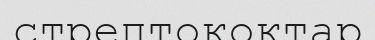
стрептококтар